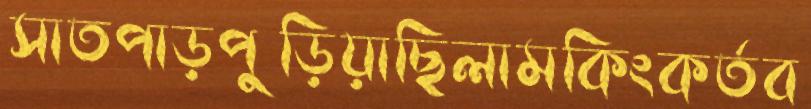
সাতপাড়পুড়িয়াছিলামকিংকর্তব